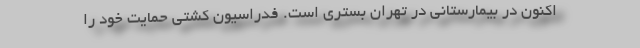
اکنون در بیمارستانی در تهران بستری است. فدراسیون کشتی حمایت خود را